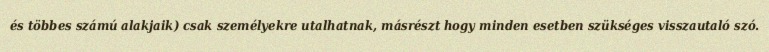
és többes számú alakjaik) csak személyekre utalhatnak, másrészt hogy minden esetben szükséges visszautaló szó.